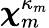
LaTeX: {\boldsymbol{\chi}}_{m}^{\kappa_{m}}